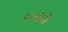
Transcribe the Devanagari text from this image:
टर्मचे